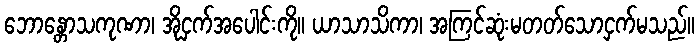
ဘောန္တောသကုဏာ၊ အိုငှက်အပေါင်းကို။ ယာသာသိကာ၊ အကြင်ဆုံးမတတ်သောငှက်မသည်။